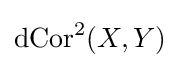
\operatorname {dCor} ^{2}(X,Y)